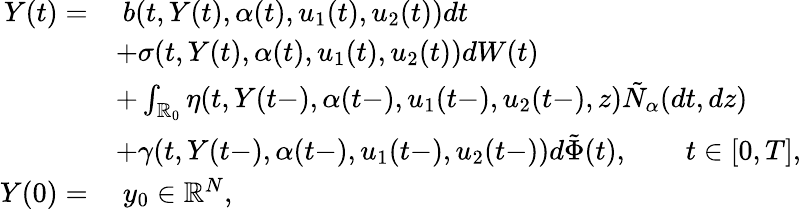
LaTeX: \begin{array}{rl}{Y(t)=}&{\ b(t,Y(t),\alpha(t),u_{1}(t),u_{2}(t))dt}\\ &{+\sigma(t,Y(t),\alpha(t),u_{1}(t),u_{2}(t))dW(t)}\\ &{+\int_{\mathbb{R}_{0}}\eta(t,Y(t-),\alpha(t-),u_{1}(t-),u_{2}(t-),z)\tilde{N}_{\alpha}(dt,dz)}\\ &{+\gamma(t,Y(t-),\alpha(t-),u_{1}(t-),u_{2}(t-))d\tilde{\Phi}(t),\qquad t\in[0,T],}\\ {Y(0)=}&{\ y_{0}\in\mathbb{R}^{N},}\end{array}